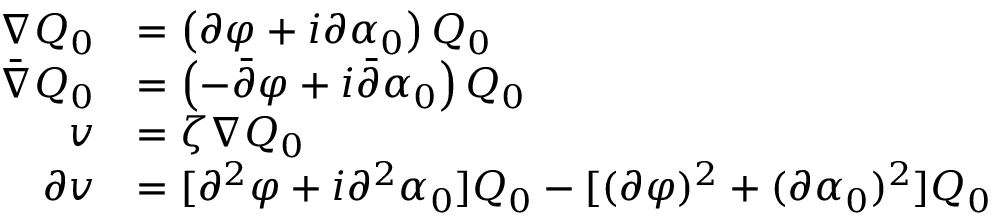
\begin{array} { r l } { \nabla Q _ { 0 } } & { = \left( \partial \varphi + i \partial \alpha _ { 0 } \right) Q _ { 0 } } \\ { \bar { \nabla } Q _ { 0 } } & { = \left( - \bar { \partial } \varphi + i \bar { \partial } \alpha _ { 0 } \right) Q _ { 0 } } \\ { v } & { = \zeta \nabla Q _ { 0 } } \\ { \partial v } & { = [ \partial ^ { 2 } \varphi + i \partial ^ { 2 } \alpha _ { 0 } ] Q _ { 0 } - [ ( \partial \varphi ) ^ { 2 } + ( \partial \alpha _ { 0 } ) ^ { 2 } ] Q _ { 0 } } \end{array}